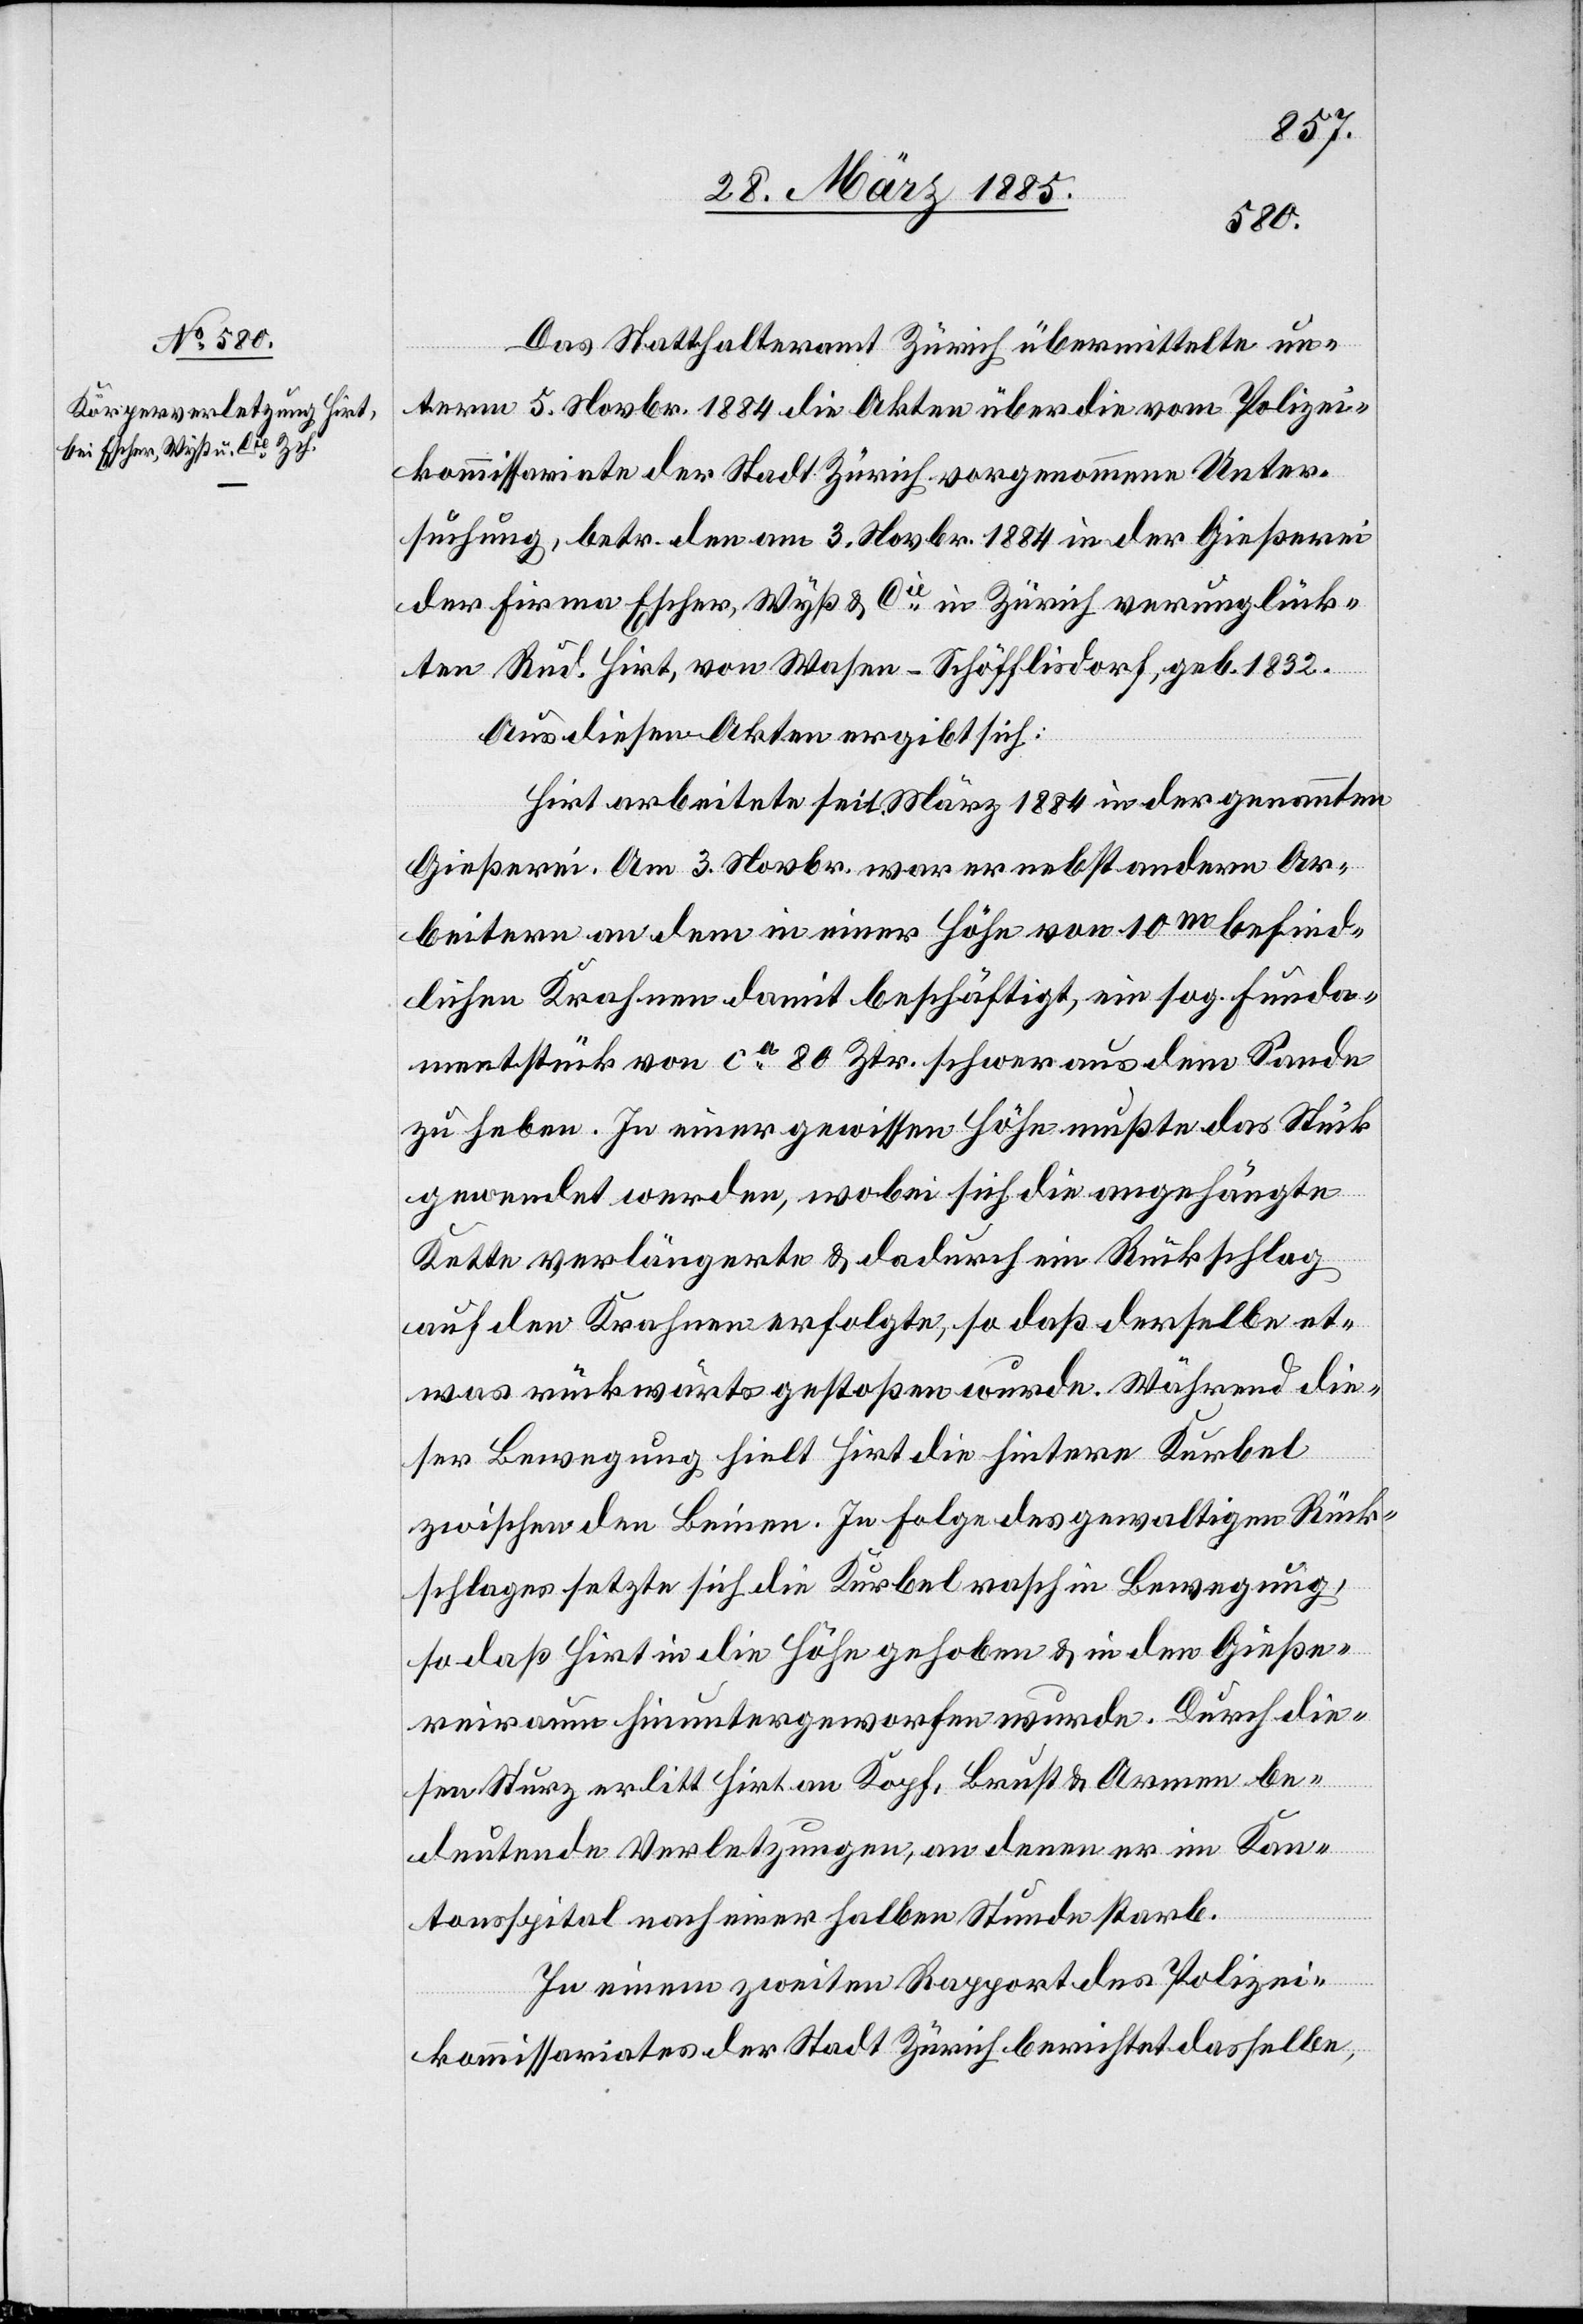
Das Statthalteramt Zürich übermittelte un¬
term 5. Novbr. 1884 die Akten über die vom Polizei¬
kommissariate der Stadt Zürich vorgenommene Unter¬
suchung, betr. den am 3. Novbr. 1884 in der Gießerei
der Firma Escher, Wyß & Cie in Zürich verunglück¬
ten Rud. Hirt, von Wasen - Schöfflisdorf, geb. 1832.
Aus diesen Akten ergibt sich:
Hirt arbeitete seit März 1884 in der genannten
Gießerei. Am 3. Novbr. war er nebst andern Ar¬
beitern an dem in einer Höhe von 10m befind¬
lichen Kranen damit beschäftigt, ein sog. Funda¬
mentstück von ca 80 Ztr. schwer aus dem Sande
zu heben. In einer gewissen Höhe mußte das Stück
gewendet werden, wobei sich die angehängte
Kette verlängerte & dadurch ein Rückschlag
auf den Krahnen erfolgte, so daß derselbe et¬
was rückwärts gestoßen wurde. Während die¬
ser Bewegung hielt Hirt die hintere Kurbel
zwischen den Beinen. In Folge des gewaltigen Rück¬
schlages setzte sich die Kurbel rasch in Bewegung,
so daß Hirt in die Höhe gehoben & in den Gieße¬
reiraum hinuntergeworfen wurde. Durch die¬
sen Sturz erlitt Hirt an Kopf, Brust & Armen be¬
deutende Verletzungen, an denen er im Kan¬
tonsspital nach einer halben Stunde starb.
In einem zweiten Rapport des Polizei¬
komissariates der Stadt Zürich berichtet dasselbe,